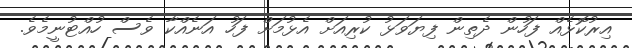
އިރުކޮޅެއް ފަހުން ދެތިން ފިޔަވަޅު ކުރިއަށް އެޅުމަށް ފަހު އަނެއްކާ ވެސް ހުއްޓުނީމެވެ.